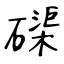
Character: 磲